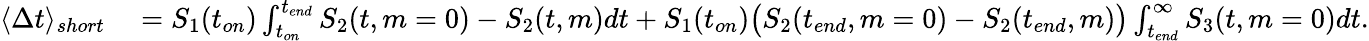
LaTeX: \begin{array}{rl}{\langle\Delta t\rangle_{short}}&{{}=S_{1}(t_{on})\int_{t_{on}}^{t_{end}}S_{2}(t,m=0)-S_{2}(t,m)dt+S_{1}(t_{on})\big(S_{2}(t_{end},m=0)-S_{2}(t_{end},m)\big)\int_{t_{end}}^{\infty}S_{3}(t,m=0)dt.}\end{array}